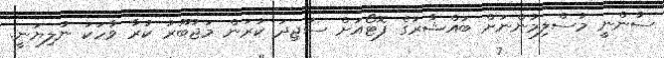
ސުންނީ މުސްލިމުންނަށް ބައްޝާރުގެ ފޮޓޯއަށް ސަޖިދަ ކުރަން މަޖުބޫރު ކުރާ ވާހަކަ ނުލިޔަނީ.